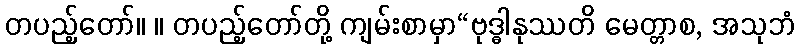
တပည့်တော်။ ။ တပည့်တော်တို့ ကျမ်းစာမှာ“ဗုဒ္ဓါနုဿတိ မေတ္တာစ, အသုဘံ